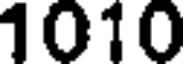
1010